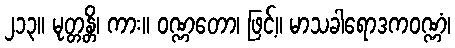
၂၁၃။ မုတ္တန္တိ၊ ကား။ ဝဏ္ဏတော၊ ဖြင့်။ မာသခါရောဒကဝဏ္ဏံ၊